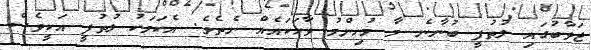
ޖަވާބުގައި ލުތުފީ ބުނާނެ މާ މުހިންމު ވާހަކައެއް ނެތެވެ. އެކަމަކު ލުތުފީ އަކީވެސް